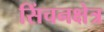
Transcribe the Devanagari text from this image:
सिंचनक्षेत्र